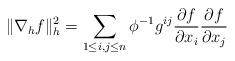
LaTeX: \begin{align*}\|\nabla_h f\|_h^2=\sum_{1 \leq i,j\leq n}\phi^{-1}g^{ij}\frac{\partial f}{\partial x_i}\frac{\partial f}{\partial x_j}\end{align*}